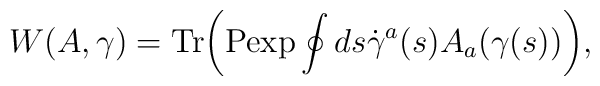
W(A,\gamma) = {\rm Tr} \biggr({\rm P exp} \oint ds \dot{\gamma}^a(s) A_a(\gamma(s))\biggr),